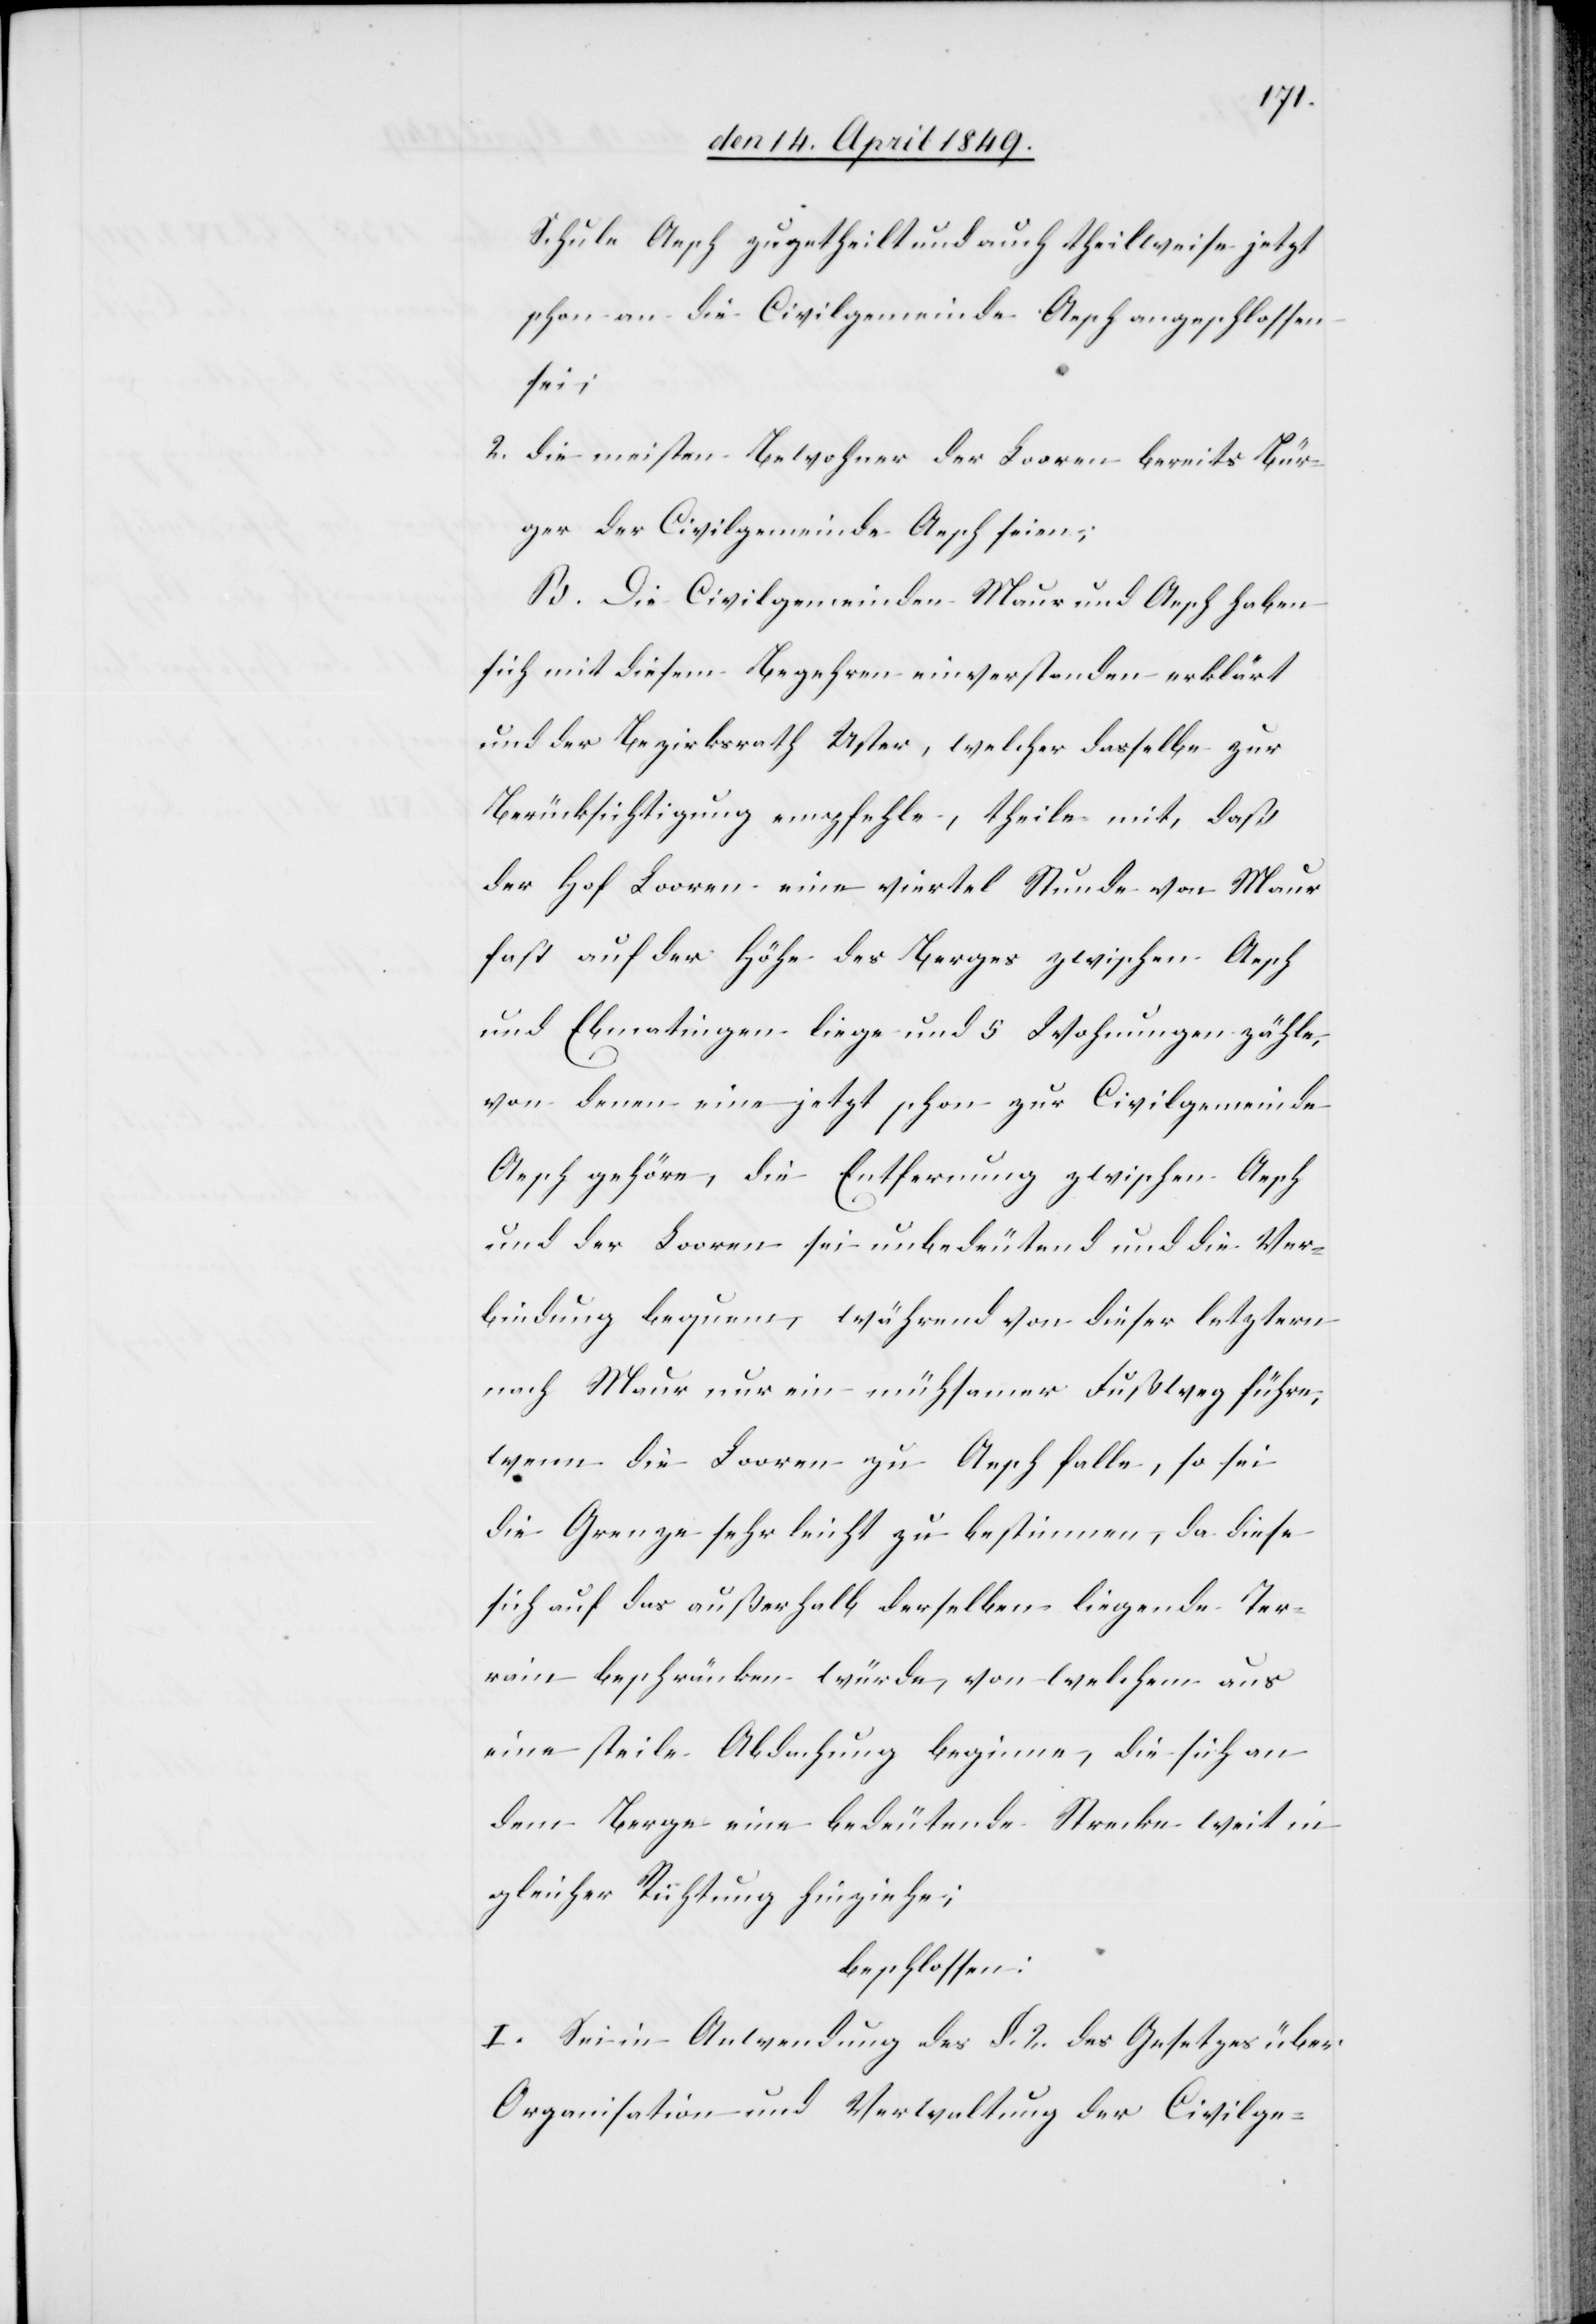
Schule Aesch zugetheilt und auch theilweise jetzt
schon an die Civilgemeinde Aesch angeschlossen
sei;
2. die meisten Bewohner der Looren bereits Bür¬
ger der Civilgemeinde Aesch seien;
B. Die Civilgemeinden Maur und Aesch haben
sich mit diesem Begehren einverstanden erklärt
und der Bezirksrath Uster, welcher dasselbe zur
Berücksichtigung empfehle, theile mit, daß
der Hof Looren eine viertel Stunde von Maur
fast auf der Höhe des Berges zwischen Aesch
und Ebmatingen liege und 5 Wohnungen zähle,
von denen eine jetzt schon zur Civilgemeinde
Aesch gehöre, die Entfernung zwischen Aesch
und der Looren sei unbedeutend und die Ver¬
bindung bequem, während von dieser letztern
nach Maur nur ein mühsamer Fußweg führe,
wenn die Looren zu Aesch falle, so sei
die Grenze sehr leicht zu bestimmen, da diese
sich auf das außerhalb derselben liegende Ter¬
rain beschränken würde, von welchem aus
eine steile Abdachung beginne, die sich an
dem Berge eine bedeutende Strecke weit in
gleicher Richtung hinziehe;
beschlossen:
I. Sei in Anwendung des §. 2. des Gesetzes über
Organisation und Verwaltung der Civilge-